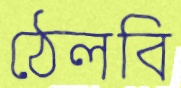
ঠেলবি